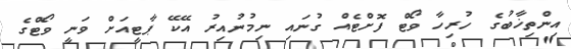
އިންތިޚާބުގެ ހުރިހާ ވޯޓް ފޮށްޓެއް ގުނައި ނިމުނުއިރު އޭކޭ ޕާޓީއަށް ވަނީ ވޯޓްގެ